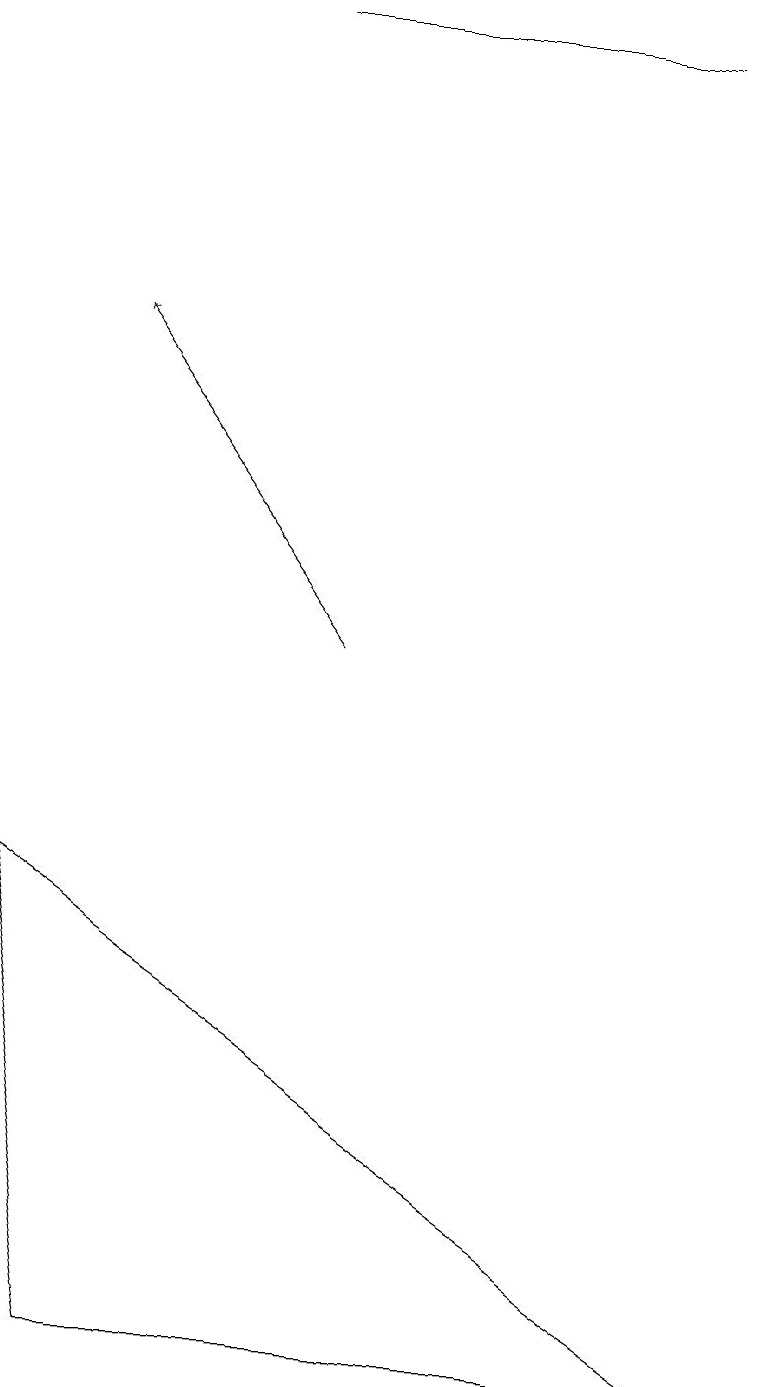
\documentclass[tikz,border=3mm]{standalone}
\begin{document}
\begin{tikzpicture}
\draw (1,2) -- (9,2) -- (0,8) -- cycle;
\draw[->] (4,11) -- (1,15);
\draw (3,19) rectangle (8,19);
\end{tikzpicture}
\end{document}